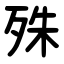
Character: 殊